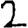
Digit: 2